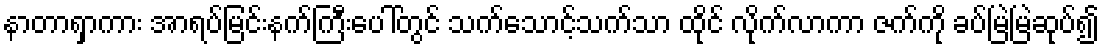
နာတာရှာကား အာရပ်မြင်းနက်ကြီးပေါ်တွင် သက်သောင့်သက်သာ ထိုင် လိုက်လာကာ ဇက်ကို ခပ်မြဲမြဲဆုပ်၍